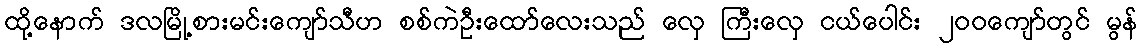
ထို့နောက် ဒလမြို့စားမင်းကျော်သီဟ စစ်ကဲဦးထော်လေးသည် လှေ ကြီးလှေ ငယ်ပေါင်း ၂၀၀ကျော်တွင် မွန်